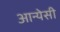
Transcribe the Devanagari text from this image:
आन्येसी